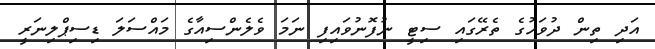
އަދި ތިން ދުވަހުގެ ތެރޭގައި ސިޓީ ނުފޮނުވައިފި ނަމަ ވެލެންސިއާގެ މައްސަލަ ޑިސިޕްލިނަރީ